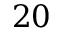
2 0